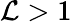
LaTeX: \mathcal{L}>1